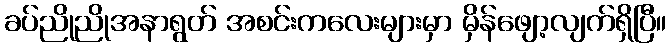
ခပ်ညိုညိုအနာရွတ် အစင်းကလေးများမှာ မှိန်ဖျော့လျက်ရှိပြီ။